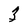
Character: 5